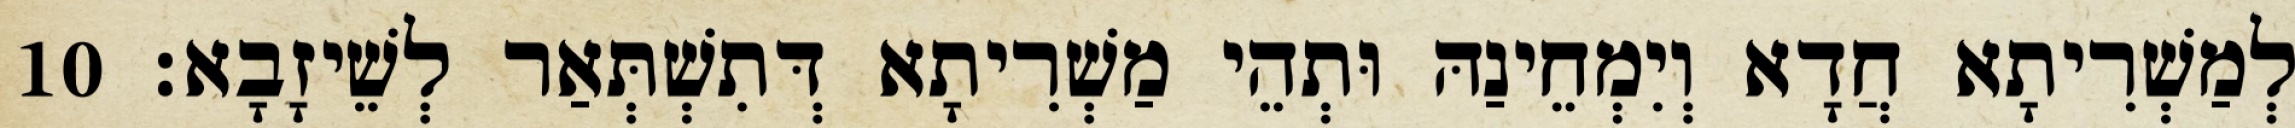
לְמַשְׁרִיתָא חֲדָא וְיִמְחֵינַהּ וּתְהֵי מַשְׁרִיתָא דְּתִשְׁתְּאַר לְשֵׁיזָבָא׃ 10